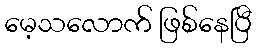
မေ့သလောက် ဖြစ်နေပြီ